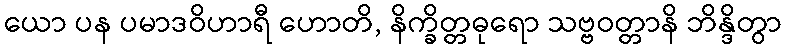
ယော ပန ပမာဒဝိဟာရီ ဟောတိ, နိက္ခိတ္တဓုရော သဗ္ဗဝတ္တာနိ ဘိန္ဒိတွာ